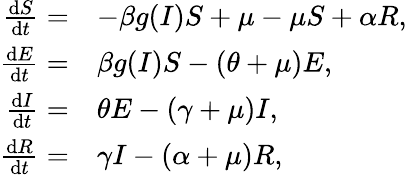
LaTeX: \begin{array}{rl}{\frac{\mathrm{d}S}{\mathrm{d}t}=}&{-\beta g(I)S+\mu-\mu S+\alpha R,}\\ {\frac{\mathrm{d}E}{\mathrm{d}t}=}&{\beta g(I)S-(\theta+\mu)E,}\\ {\frac{\mathrm{d}I}{\mathrm{d}t}=}&{\theta E-(\gamma+\mu)I,}\\ {\frac{\mathrm{d}R}{\mathrm{d}t}=}&{\gamma I-(\alpha+\mu)R,}\end{array}